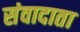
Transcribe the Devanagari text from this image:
संवादाता